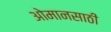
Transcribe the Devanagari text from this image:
ओमानसाठी